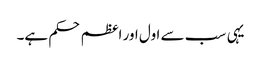
یہی سب سے اول اور اعظم حکم ہے۔